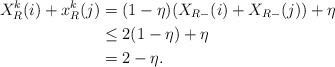
LaTeX: \begin{align*}X_R^k(i) + x_R^k(j) &= (1 - \eta)(X_{R-}(i) + X_{R-}(j)) + \eta \\&\leq 2(1 - \eta) + \eta \\&= 2 - \eta.\end{align*}